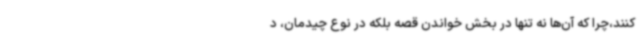
کنند،چرا که آن‌ها نه تنها در بخش خواندن قصه بلکه در نوع چیدمان، د